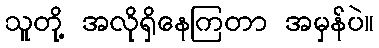
သူတို့ အလိုရှိနေကြတာ အမှန်ပဲ။